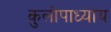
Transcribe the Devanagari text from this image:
कुलोपाध्याय